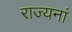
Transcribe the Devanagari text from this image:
राज्यनां